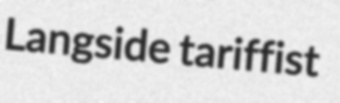
Langside tariffist